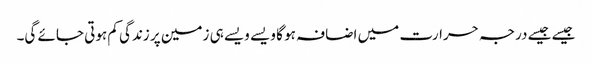
جیسے جیسے درجہ حرارت میں اضافہ ہو گا ویسے ویسے ہی زمین پر زندگی کم ہوتی جائے گی۔